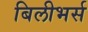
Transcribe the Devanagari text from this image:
बिलीभर्स